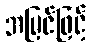
အမြင်ဖြင့်